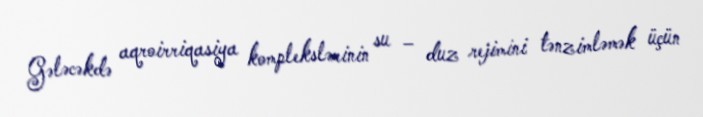
Gələcəkdə aqroirriqasiya komplekslərinin su – duz rejimini tənzimləmək üçün